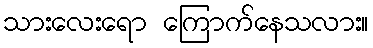
သားလေးရော ကြောက်နေသလား။